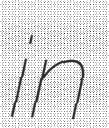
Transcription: in